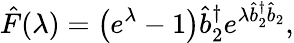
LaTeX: \hat{F}(\lambda)=\left(e^{\lambda}-1\right)\hat{b}_{2}^{\dagger}e^{\lambda\hat{b}_{2}^{\dagger}\hat{b}_{2}},